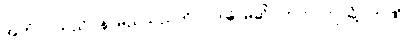
အဟံ၊ ငါသည်။ န၊ မည်သည်ကို။ ဝဒါမိ၊ မဆို။ ဣတိ၊ ဤသို့။ တုဏှိ